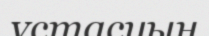
ұстасуын